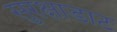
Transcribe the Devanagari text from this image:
सुरक्षाडाट